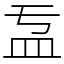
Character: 𥁄